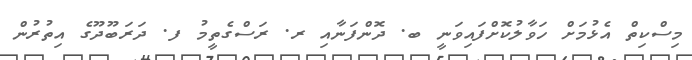
މިސްކިތް އެޅުމަށް ހަވާލުކޮށްފައިވަނީ ބ. ދޮންފަނާއި ރ. ރަސްގެތީމު ފ. ދަރަބޫދޫގެ އިތުރުން